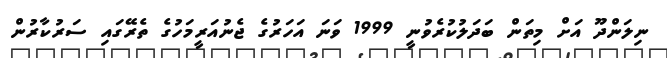
ނިލަންދޫ އަށް މިތަން ބަދަލުކުރެވުނީ 1999 ވަނަ އަހަރުގެ ޖެނުއަރީމަހުގެ ތެރޭގައި ސަރުކާރުން